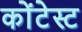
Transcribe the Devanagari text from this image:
कोंटेस्ट